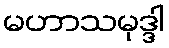
မဟာသမုဒ္ဒါ